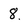
Character: 8